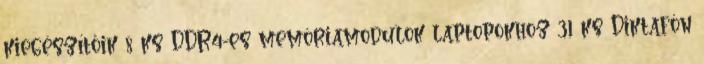
kiegészítőik 8 ks DDR4-es memóriamodulok laptopokhoz 31 ks Diktafón